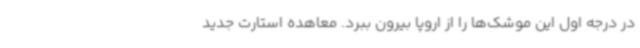
در درجه اول این موشک‌ها را از اروپا بیرون ببرد. معاهده استارت جدید